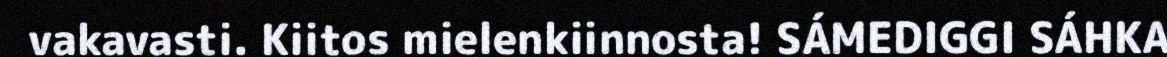
vakavasti. Kiitos mielenkiinnosta! SÁMEDIGGI SÁHKA